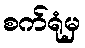
စက်ရုံမှ